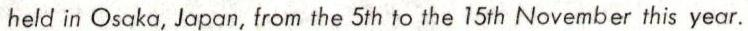
held in Osaka, Japan, from the 5th to the 15th November this year.